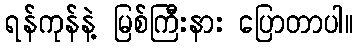
ရန်ကုန်နဲ့ မြစ်ကြီးနား ပြောတာပါ။